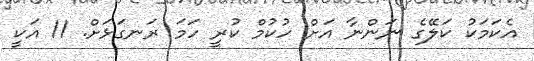
އެކަމަކު ކަލޭގެ ނަންނާ އަށް ހުކުމް ކުރީ ހަމަ ރަނގަޅަށް. 11 އަކީ